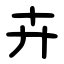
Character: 卉